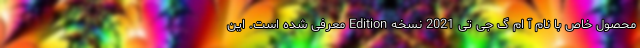
محصول خاص با نام آ ام گ جی تی 2021 نسخه Edition معرفی شده است. این